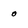
Character: 0